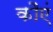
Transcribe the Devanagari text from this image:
कौएं